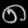
Digit: ၈